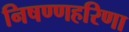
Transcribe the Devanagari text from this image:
निषण्णहरिणा